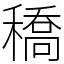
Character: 穚